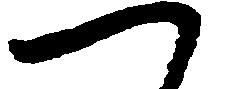
つ